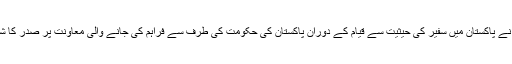
پیٹر کلائیس نے پاکستان میں سفیر کی حیثیت سے قیام کے دوران پاکستان کی حکومت کی طرف سے فراہم کی جانے والی معاونت پر صدر کا شکریہ ادا کیا۔